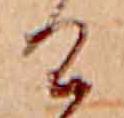
け